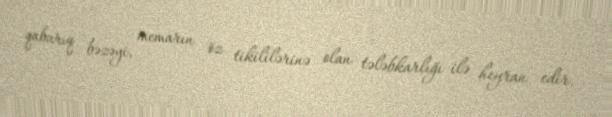
qabarıq bəzəyi, memarın öz tikililərinə olan tələbkarlığı ilə heyran edir.